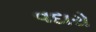
વદારો